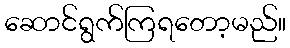
ဆောင်ရွက်ကြရတော့မည်။